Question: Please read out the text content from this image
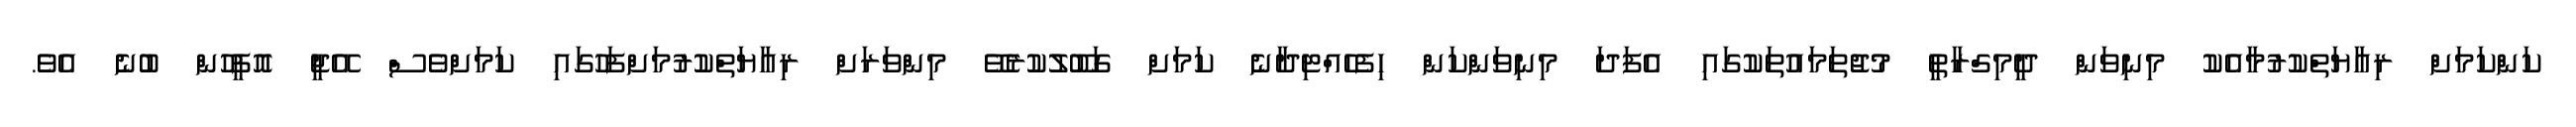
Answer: ކަންކަމަށް ރިއާޔަތްކުރުމާއެކު މިނިވަން ދީމިގްރާތީ މުޖުތަމައުތަކުގައި އެފަދަ މިނިވަންކަން ހިފެހެއްޓިދާނެ ކަމަށް ގަބޫލުކުރެވޭ މިންވަރަށް ރިއާޔަތްކުރުމަށްފަހުގައި ކަމަށްވެސް އޭޖީ އޮފީހުން ބުނެ އެވެ.